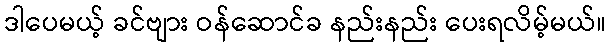
ဒါပေမယ့် ခင်ဗျား ဝန်ဆောင်ခ နည်းနည်း ပေးရလိမ့်မယ်။